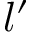
l ^ { \prime }